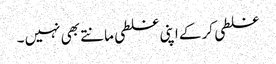
غلطی کر کے اپنی غلطی مانتے بھی نہیں ۔